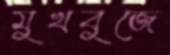
মুখবুজে